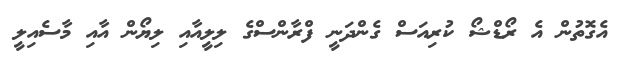
އެގޮތުން އެ ރޯޑްޝޯ ކުރިއަސް ގެންދަނީ ފްރާންސްގެ ލިލީއާއި ލިޔޯން އާއި މާސެއިލީ